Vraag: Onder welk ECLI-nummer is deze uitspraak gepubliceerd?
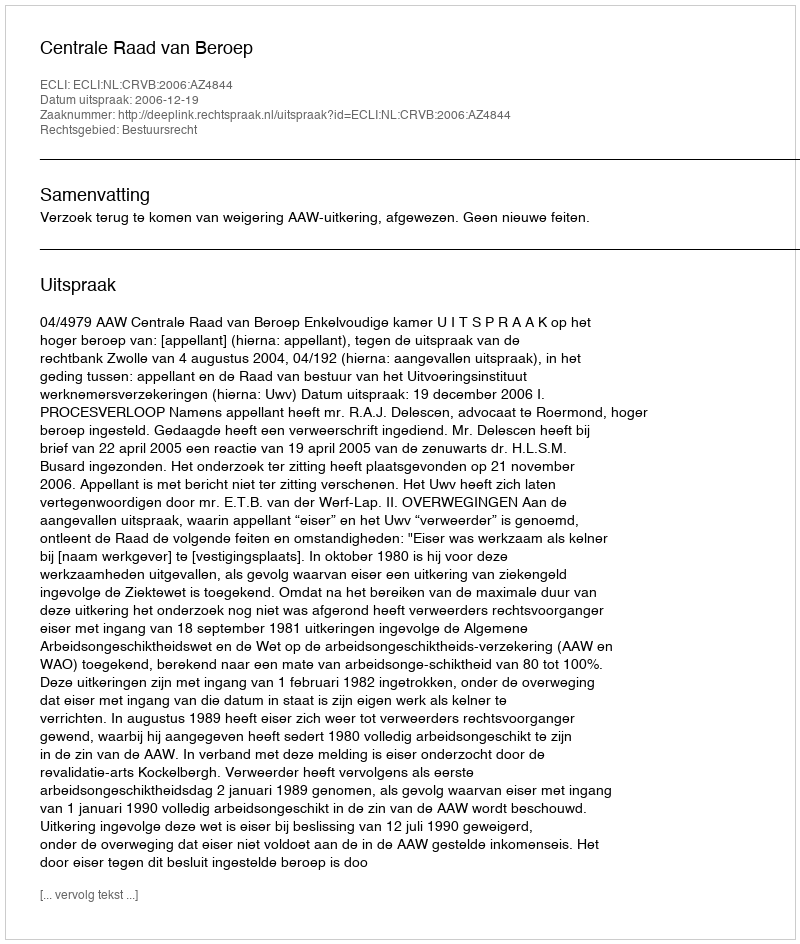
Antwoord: ECLI:NL:CRVB:2006:AZ4844